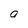
Character: a